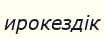
ирокездік